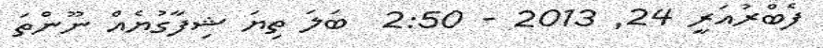
ފެބްރުއަރީ 24